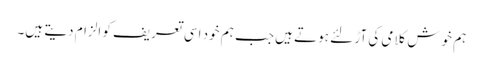
ہم خوش کلامی کی آڑ لئے ہوتے ہیں جب ہم خود اسی تعریف کو الزام دیتے ہیں۔